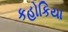
કહોકિયા